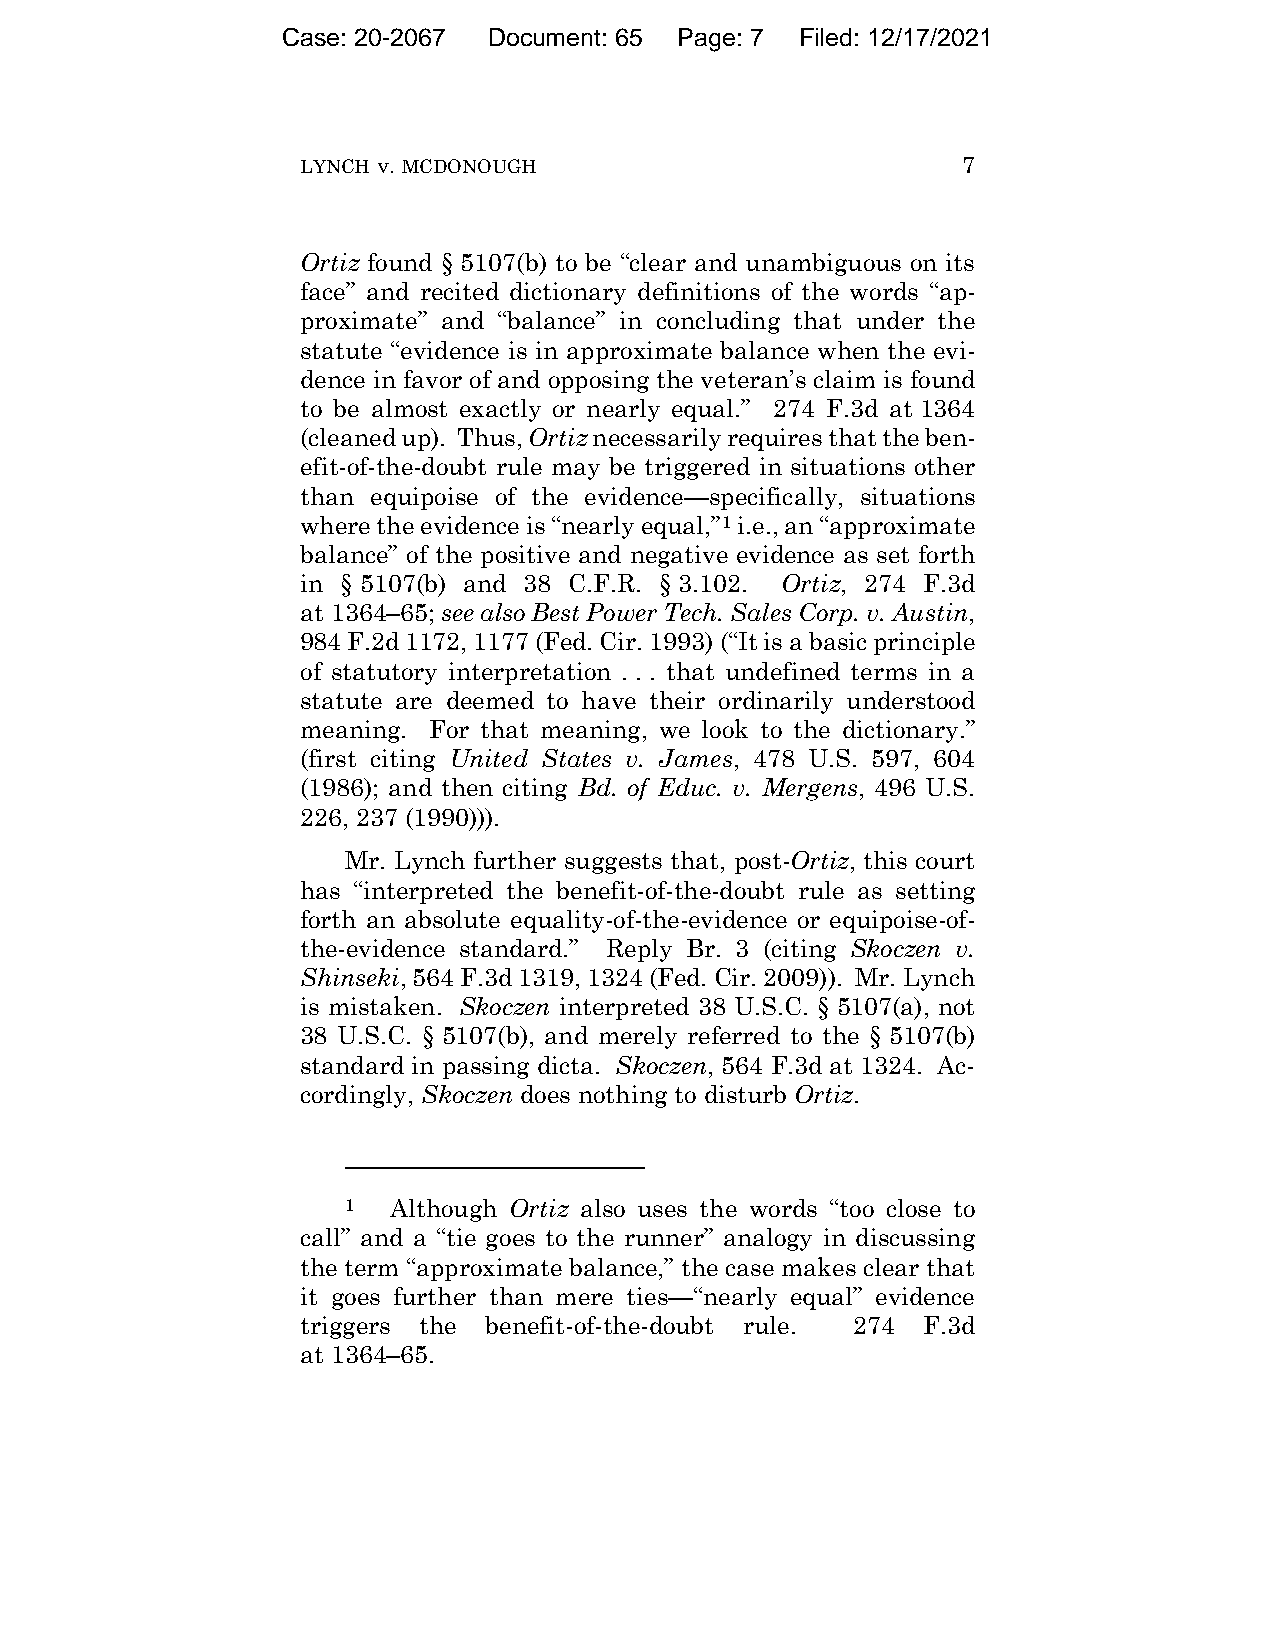
Case: 20-2067 Document: 65 Page: 7 Filed: 12/17/2021
 LYNCH v. MCDONOUGH                          7
 Ortiz found § 5107(b) to be “clear and unambiguous on its
 face” and recited dictionary definitions of the words “ap-
 proximate” and “balance” in concluding that under the
 statute “evidence is in approximate balance when the evi-
 dence in favor of and opposing the veteran’s claim is found
 to be almost exactly or nearly equal.” 274 F.3d at 1364
 (cleaned up). Thus, Ortiz necessarily requires that the ben-
 efit-of-the-doubt rule may be triggered in situations other
 than equipoise of the evidence—specifically, situations
 where the evidence is “nearly equal,”1 i.e., an “approximate
 balance” of the positive and negative evidence as set forth
 in § 5107(b) and 38 C.F.R. § 3.102. Ortiz, 274 F.3d
 at 1364–65; see also Best Power Tech. Sales Corp. v. Austin,
 984 F.2d 1172, 1177 (Fed. Cir. 1993) (“It is a basic principle
 of statutory interpretation . . . that undefined terms in a
 statute are deemed to have their ordinarily understood
 meaning. For that meaning, we look to the dictionary.”
 (first citing United States v. James, 478 U.S. 597, 604
 (1986); and then citing Bd. of Educ. v. Mergens, 496 U.S.
 226, 237 (1990))).
 Mr. Lynch further suggests that, post-Ortiz, this court
 has “interpreted the benefit-of-the-doubt rule as setting
 forth an absolute equality-of-the-evidence or equipoise-of-
 the-evidence standard.” Reply Br. 3 (citing Skoczen v.
 Shinseki, 564 F.3d 1319, 1324 (Fed. Cir. 2009)). Mr. Lynch
 is mistaken. Skoczen interpreted 38 U.S.C. § 5107(a), not
 38 U.S.C. § 5107(b), and merely referred to the § 5107(b)
 standard in passing dicta. Skoczen, 564 F.3d at 1324. Ac-
 cordingly, Skoczen does nothing to disturb Ortiz.
 1  Although Ortiz also uses the words “too close to
 call” and a “tie goes to the runner” analogy in discussing
 the term “approximate balance,” the case makes clear that
 it goes further than mere ties—“nearly equal” evidence
 triggers the benefit-of-the-doubt rule. 274 F.3d
 at 1364–65.